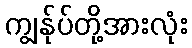
ကျွန်ုပ်တို့အားလုံး